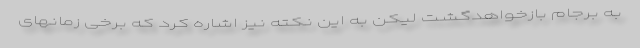
به برجام بازخواهدگشت لیکن به این نکته نیز اشاره کرد که برخی زمانهای